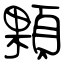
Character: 顆